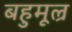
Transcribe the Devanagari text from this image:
बहुमूल्र